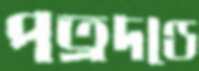
পত্রদণ্ডে